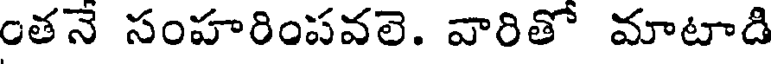
తన సంహరింపవలె. వారితో మాటాడి